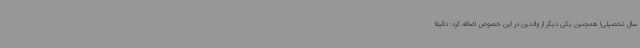
سال تحصیلی! همچنین یکی دیگر از والدین در این خصوص اضافه کرد: دقیقا